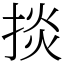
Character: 掞